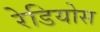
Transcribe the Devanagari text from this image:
रेडियोस